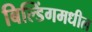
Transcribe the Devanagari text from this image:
बिल्डिंगमधील